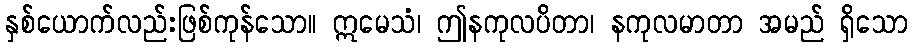
နှစ်ယောက်လည်းဖြစ်ကုန်သော။ ဣမေသံ၊ ဤနကုလပိတာ၊ နကုလမာတာ အမည် ရှိသော